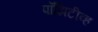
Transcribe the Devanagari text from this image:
पॉझिटीव्ह